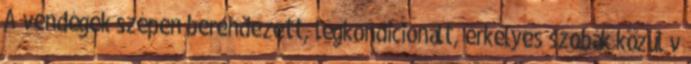
A vendégek szépen berendezett, légkondicionált, erkélyes szobák közül v